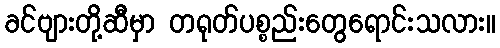
ခင်ဗျားတို့ဆီမှာ တရုတ်ပစ္စည်းတွေရောင်းသလား။